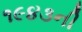
૧૯૪૩ની